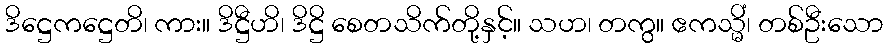
ဒိဋ္ဌေကဋ္ဌေတိ၊ ကား။ ဒိဋ္ဌီဟိ၊ ဒိဋ္ဌိ စေတသိက်တို့နှင့်။ သဟ၊ တကွ။ ဧကသ္မိံ၊ တစ်ဦးသော